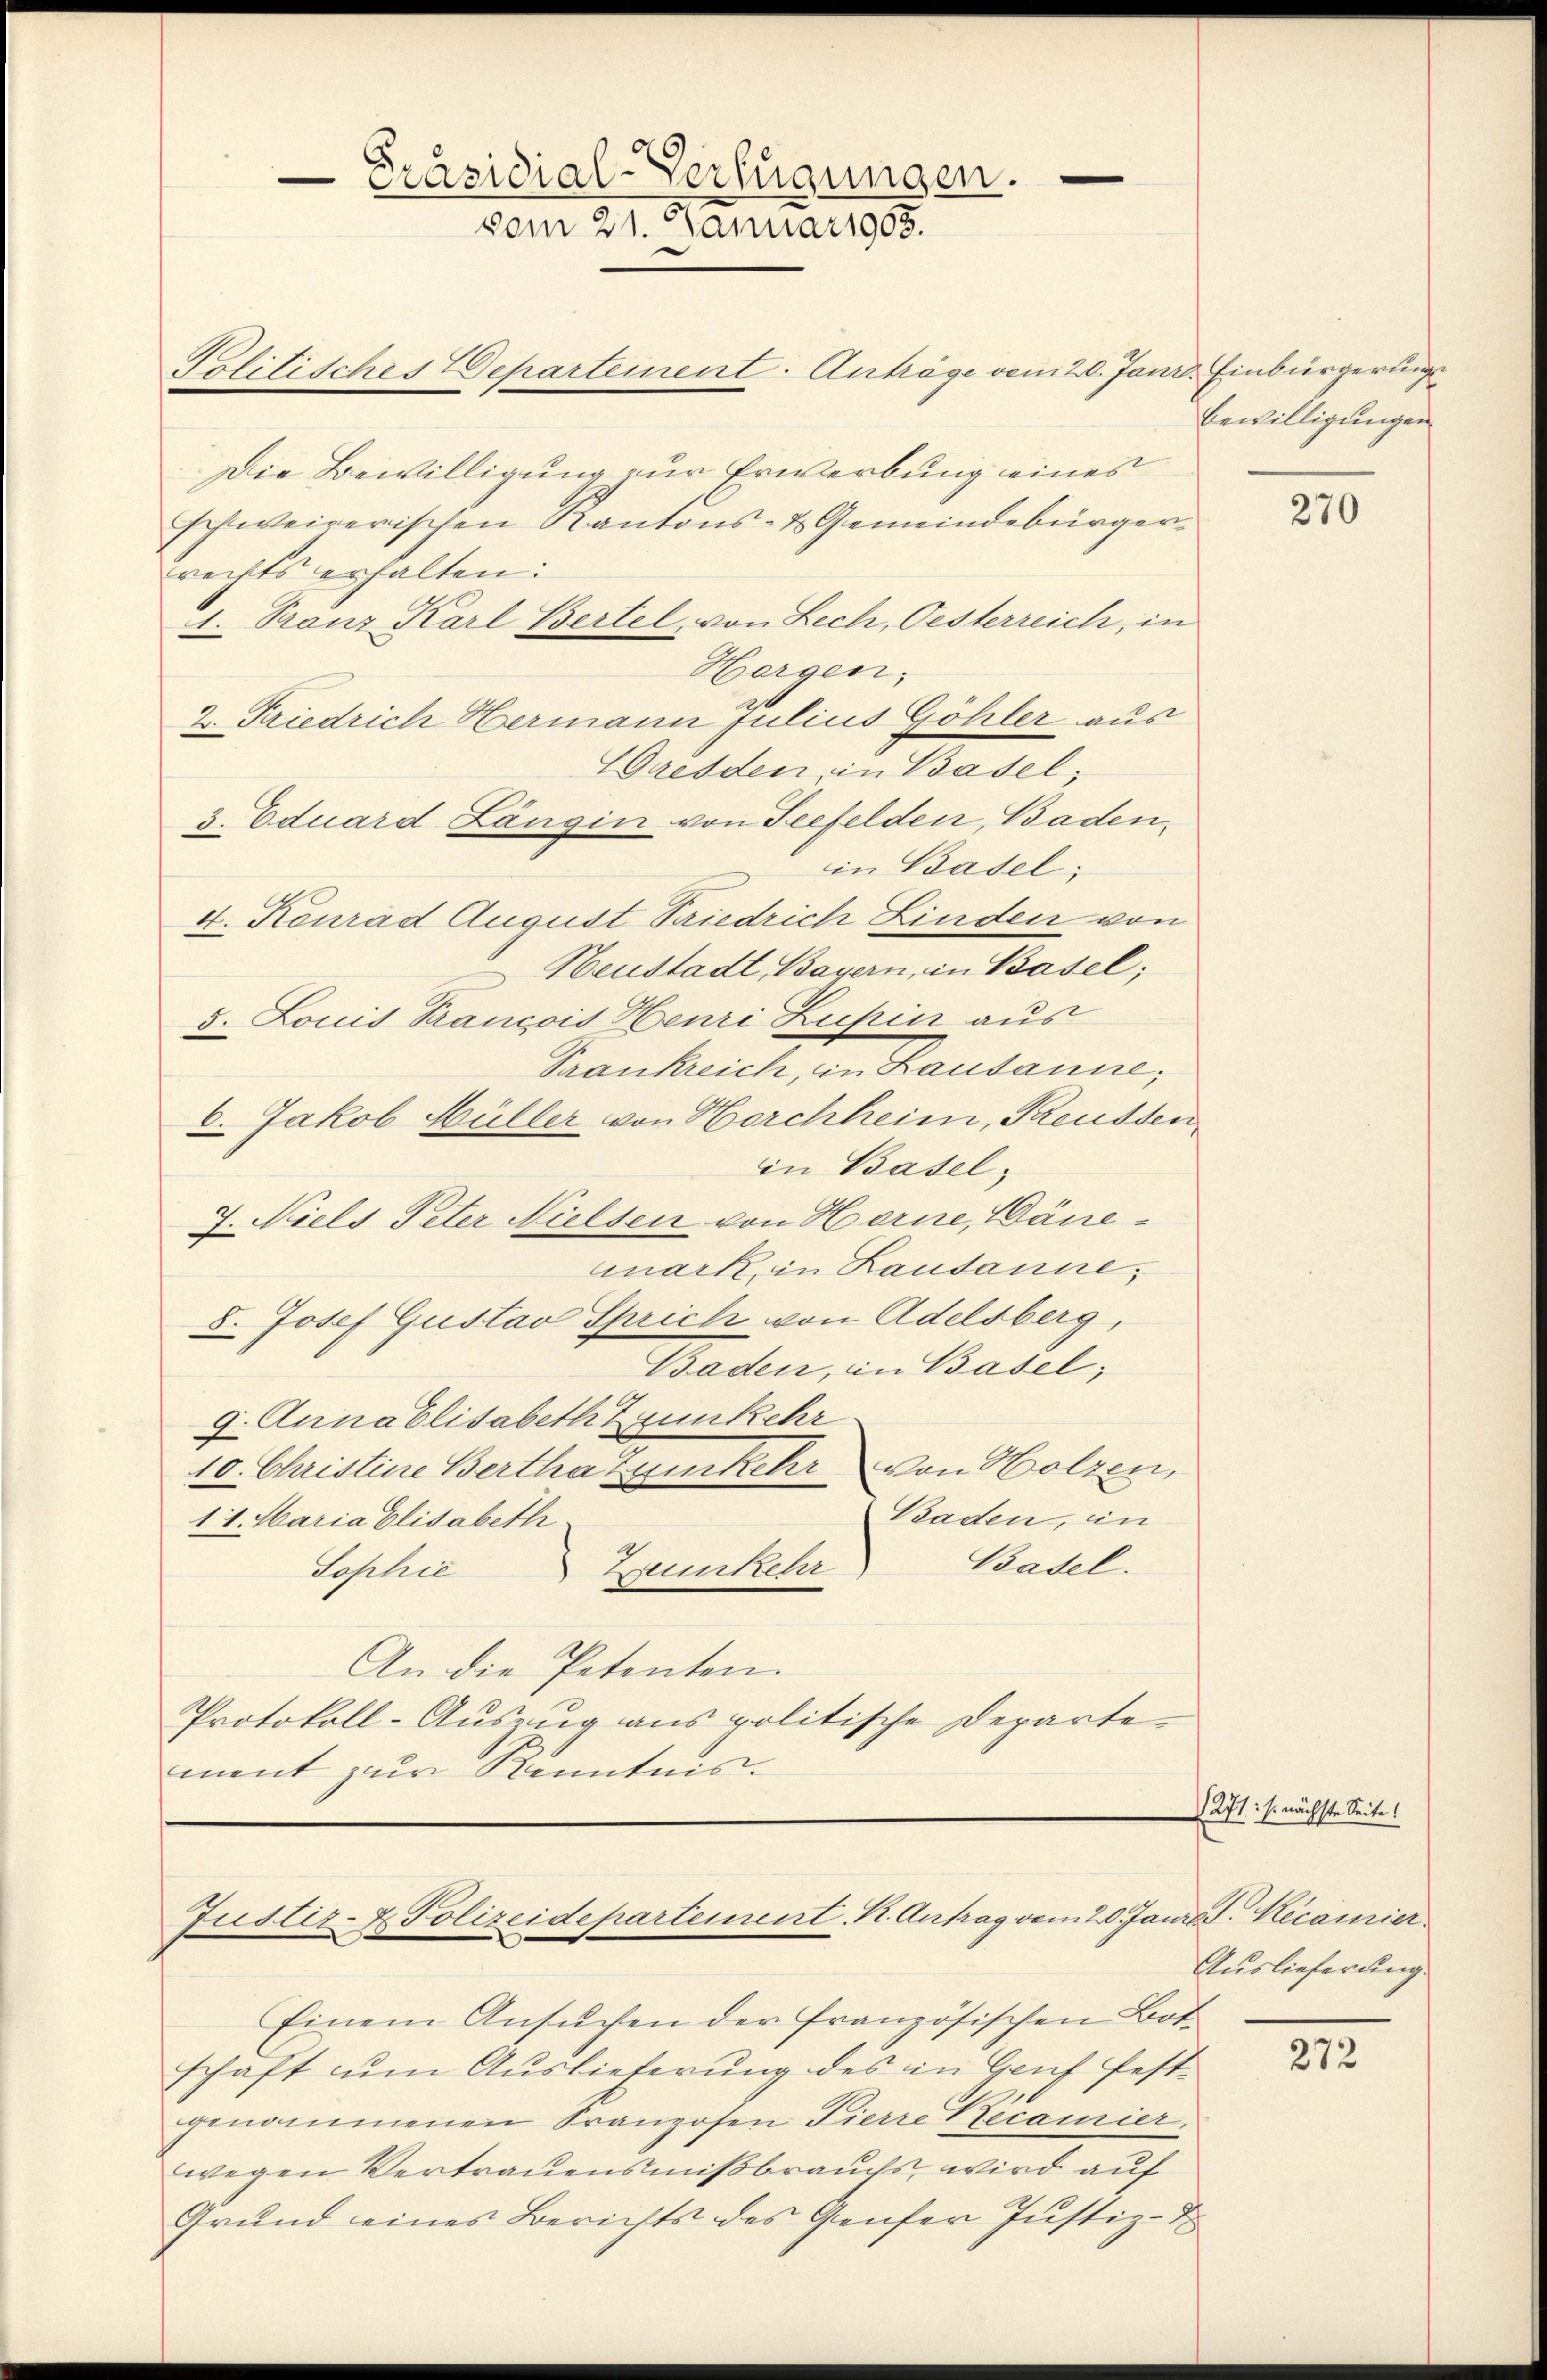
Politisches Departement. Anträge vom 20. Janz. Einbürgerungs¬
Die Bewilligung zur Erwerbung eines
schweizerischen Kantons- & Gemeindebürgerrechts erhalten:
1. Franz Karl Bertel, von Lech, Oesterreich, in
Hergen,
z. Friedrich Hermann Julius Göhler aus
Gresden, in Basel,
3. Eduard Langin von Seefelden, Baden,
in Basel;
4. Konrad August Siedrich Linden von
Heustadt Bayern, in Basel;
5. Louis Prancois Henri Zuhin aus
Srankreich, in Lausanne;
6. Jakob Müller von Horchheim, Preussen
in Basel,
7. Niels Peter Nielsen von Horne, Dänemark, in Lausanne,
8. Josef Gustav Sprich von Adelsberg,
Baden, in Basel;
9. Annablisabeth trunkehr
10. Christine Bertha Zumkehr von Holzen,
Baden, in
11. Maria Elisabeth
Basel.
Zurkehr
Sophie
An die Petenten.
Protokoll-Auszug aus politische Departement zur Kenntnis.

Präsidial-Verfügungen.
vom 21. Januar 1908.

Justiz- & Polizeidepartement K. Antrag vom 20. Janr. Hecamier

Bewilligungen

Einem Ansuchen der französischen Botschaft um Auslieferung des in Genf festgenommenen Franzosen Pierre Recamier.
wegen Vertrauensmißbrauchs, wird auf
Grund eines Berichts des Genfer Justiz-D

270

1271: s. nächste Seite!
Auslieferung

2